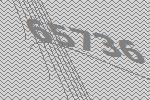
65736